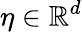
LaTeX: \eta\in\mathbb{R}^{d}